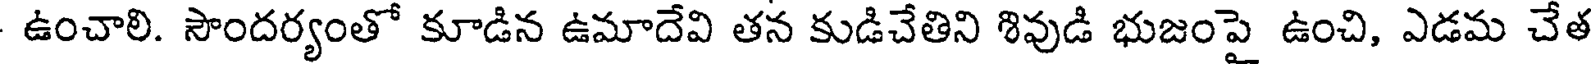
ఉంచాలి. సౌందర్యంతో కూడిన ఉమాదేవి తన కుడిచేతిని శివుడి భుజంపై ఉంచి, ఎడమ చేత